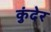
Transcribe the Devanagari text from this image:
कुंदेर